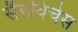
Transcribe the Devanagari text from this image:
सैंडविचेस